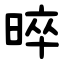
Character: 晬